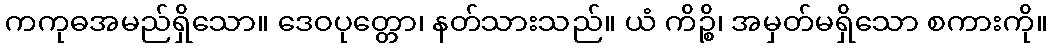
ကကုဓအမည်ရှိသော။ ဒေဝပုတ္တော၊ နတ်သားသည်။ ယံ ကိဉ္စိ၊ အမှတ်မရှိသော စကားကို။